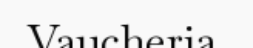
Vaucheria